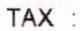
TAX: